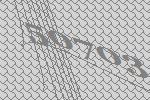
50703